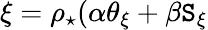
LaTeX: \xi=\rho_{\star}(\alpha\theta_{\xi}+\beta\mathtt{S}_{\xi}